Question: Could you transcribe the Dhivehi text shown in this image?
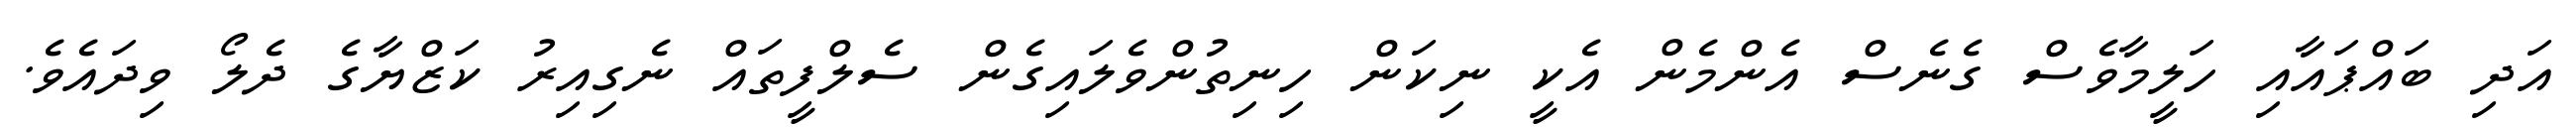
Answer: އަދި ބައްޕައާއި ހަލީމާވެސް ގެނެސް އެންމެން އެކީ ނިކަން ހިނިތުންވެލައިގެން ސެލްފީތައް ނެގިއިރު ކަޒްޔާގެ ދެލޯ ވިދައެވެ.